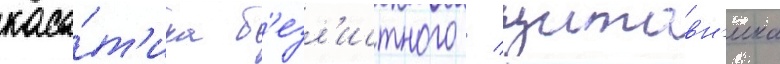
каса́т'ика б'езл'истного / щитовн'ика